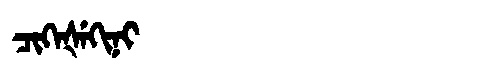
Manchu: ᠴᡳᡴᡝᡧᡝᡴᡳᠨᡳ
Romanization: CIKEŠEKINI